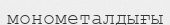
монометалдығы